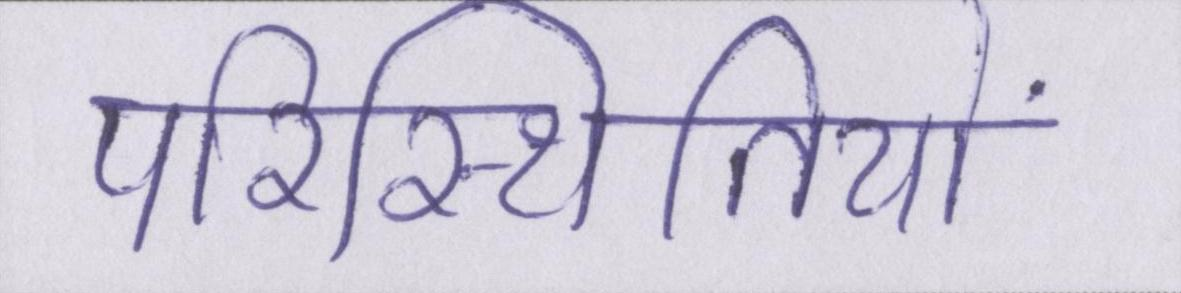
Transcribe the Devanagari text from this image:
परिस्थितियों